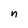
Character: n